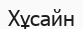
Хұсайн